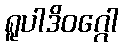
ရူပါဒိဝဂ္ဂေါ